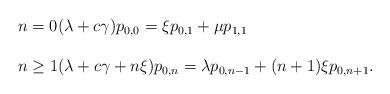
LaTeX: \begin{align*} \begin{array}{lll} n = 0 (\lambda + c\gamma )p_{0,0} = \xi p_{0,1} + \mu p_{1,1} \\ \\ n\geq 1 (\lambda + c\gamma + n \xi)p_{0,n}= \lambda p_{0,n-1} + (n+1)\xi p_{0,n+1}. \end{array} \end{align*}